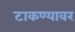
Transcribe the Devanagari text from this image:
टाकण्यावर